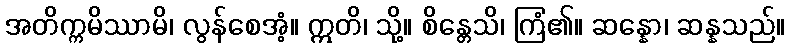
အတိက္ကမိဿာမိ၊ လွန်စေအံ့။ ဣတိ၊ သို့။ စိန္တေသိ၊ ကြံ၏။ ဆန္နော၊ ဆန္နသည်။